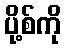
ပို့စ်ကို